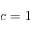
c = 1